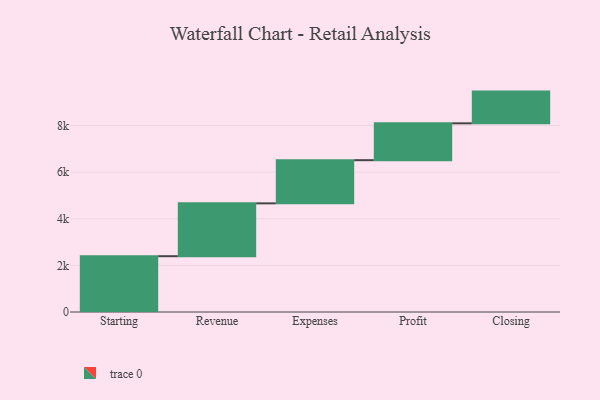
{"axis": {"x": "Step", "y": "Value"}, "legend": [""], "data": [{"x": "Starting", "y": 2394.0, "type": ""}, {"x": "Revenue", "y": 2267.0, "type": ""}, {"x": "Expenses", "y": 1853.0, "type": ""}, {"x": "Profit", "y": 1581.0, "type": ""}, {"x": "Closing", "y": 1361.0, "type": ""}]}